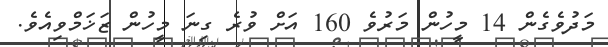
މަދުވެގެން 14 މީހުން މަރުވެ 160 އަށް ވުރެ ގިނަ މީހުން ޒަޚަމްވިއެވެ.